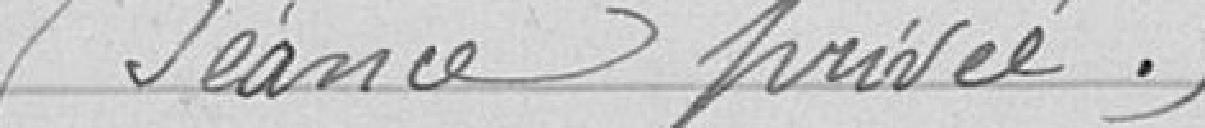
Séance privée.